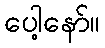
ပေါ့နော်။